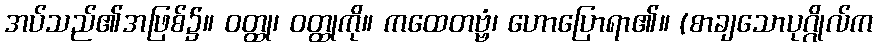
အပ်သည်၏အဖြစ်၌။ ဝတ္ထု၊ ဝတ္ထုကို။ ကထေတဗ္ဗံ၊ ဟောပြောရာ၏။ (စာချသောပုဂ္ဂိုလ်က